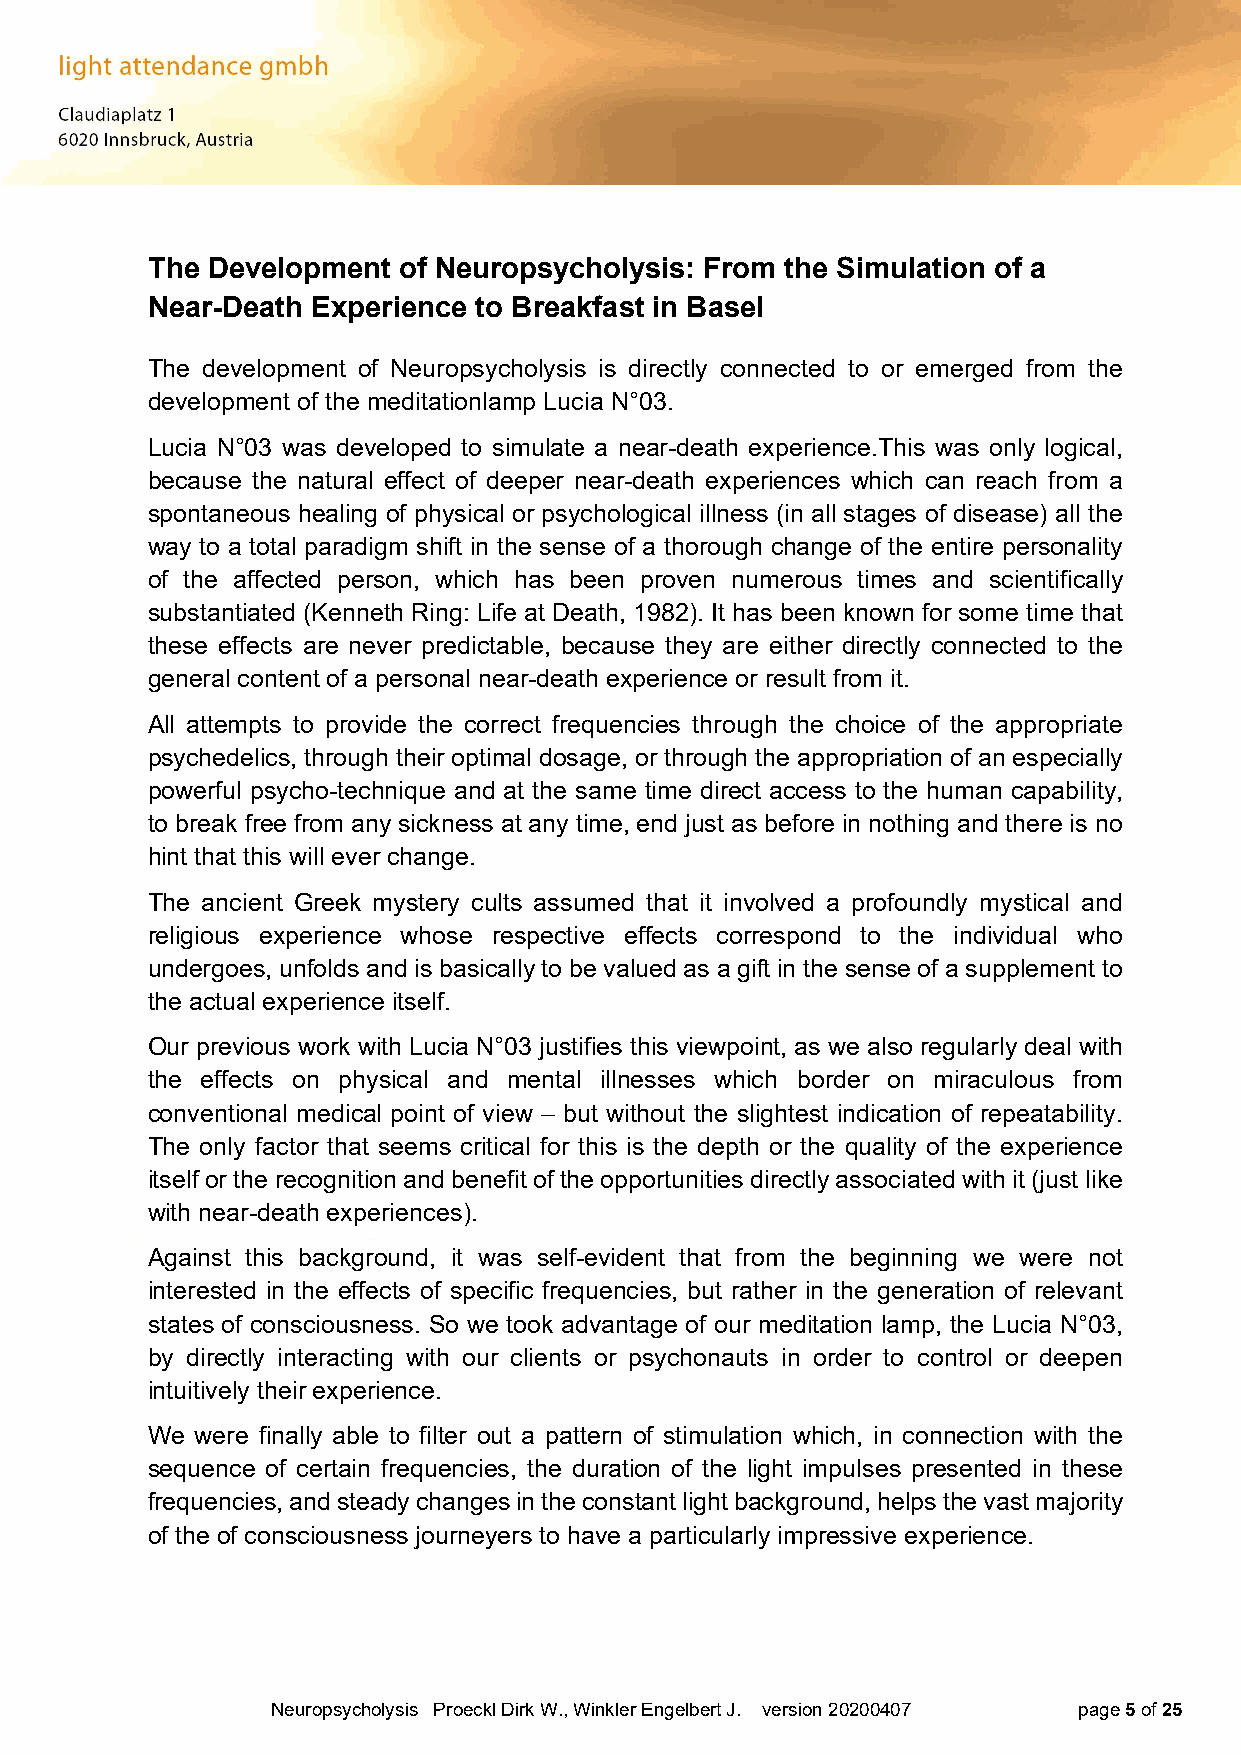
The Development of Neuropsycholysis: From the Simulation of a
 Near-Death Experience to Breakfast in Basel
 The development of Neuropsycholysis is directly connected to or emerged from the
 development of the meditationlamp Lucia N°03.
 Lucia N°03 was developed to simulate a near-death experience.This was only logical,
 because the natural effect of deeper near-death experiences which can reach from a
 spontaneous healing of physical or psychological illness (in all stages of disease) all the
 way to a total paradigm shift in the sense of a thorough change of the entire personality
 of the affected person, which has been proven numerous times and scientifically
 substantiated (Kenneth Ring: Life at Death, 1982). It has been known for some time that
 these effects are never predictable, because they are either directly connected to the
 general content of a personal near-death experience or result from it.
 All attempts to provide the correct frequencies through the choice of the appropriate
 psychedelics, through their optimal dosage, or through the appropriation of an especially
 powerful psycho-technique and at the same time direct access to the human capability,
 to break free from any sickness at any time, end just as before in nothing and there is no
 hint that this will ever change.
 The ancient Greek mystery cults assumed that it involved a profoundly mystical and
 religious experience whose respective effects correspond to the individual who
 undergoes, unfolds and is basically to be valued as a gift in the sense of a supplement to
 the actual experience itself.
 Our previous work with Lucia N°03 justifies this viewpoint, as we also regularly deal with
 the effects on physical and mental illnesses which border on miraculous from
 conventional medical point of view – but without the slightest indication of repeatability.
 The only factor that seems critical for this is the depth or the quality of the experience
 itself or the recognition and benefit of the opportunities directly associated with it (just like
 with near-death experiences).
 Against this background, it was self-evident that from the beginning we were not
 interested in the effects of specific frequencies, but rather in the generation of relevant
 states of consciousness. So we took advantage of our meditation lamp, the Lucia N°03,
 by directly interacting with our clients or psychonauts in order to control or deepen
 intuitively their experience.
 We were finally able to filter out a pattern of stimulation which, in connection with the
 sequence of certain frequencies, the duration of the light impulses presented in these
 frequencies, and steady changes in the constant light background, helps the vast majority
 of the of consciousness journeyers to have a particularly impressive experience.
 Neuropsycholysis Proeckl Dirk W., Winkler Engelbert J. version 20200407 page 5 of 25